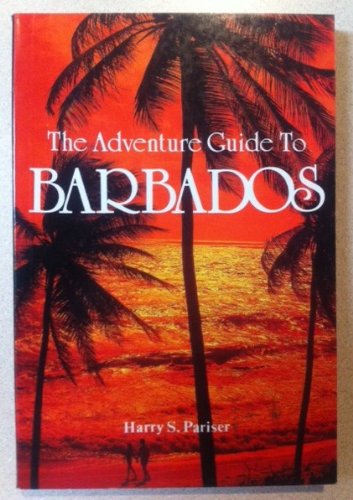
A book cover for The Adventure Guide to Barbados (Caribbean Guides Series); Harry S. Pariser; Travel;